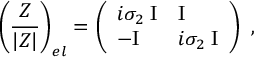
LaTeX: \left( { \frac { \cal Z } { | Z | } } \right) _ { e l } = \left( \begin{array} { l l } { { i \sigma _ { 2 } \; \mathrm { I } } } & { { \mathrm { I } } } \\ { { - \mathrm { I } } } & { { i \sigma _ { 2 } \; \mathrm { I } } } \end{array} \right) \ ,